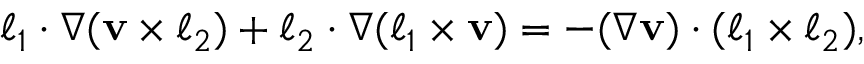
\boldsymbol { \ell } _ { 1 } \cdot \nabla ( \mathbf { v } \times \boldsymbol { \ell } _ { 2 } ) + \boldsymbol { \ell } _ { 2 } \cdot \nabla ( \boldsymbol { \ell } _ { 1 } \times \mathbf { v } ) = - ( \nabla \mathbf { v } ) \cdot ( \boldsymbol { \ell } _ { 1 } \times \boldsymbol { \ell } _ { 2 } ) ,